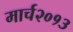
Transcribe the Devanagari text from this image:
मार्च२०१३